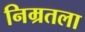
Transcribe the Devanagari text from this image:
निम्रतला